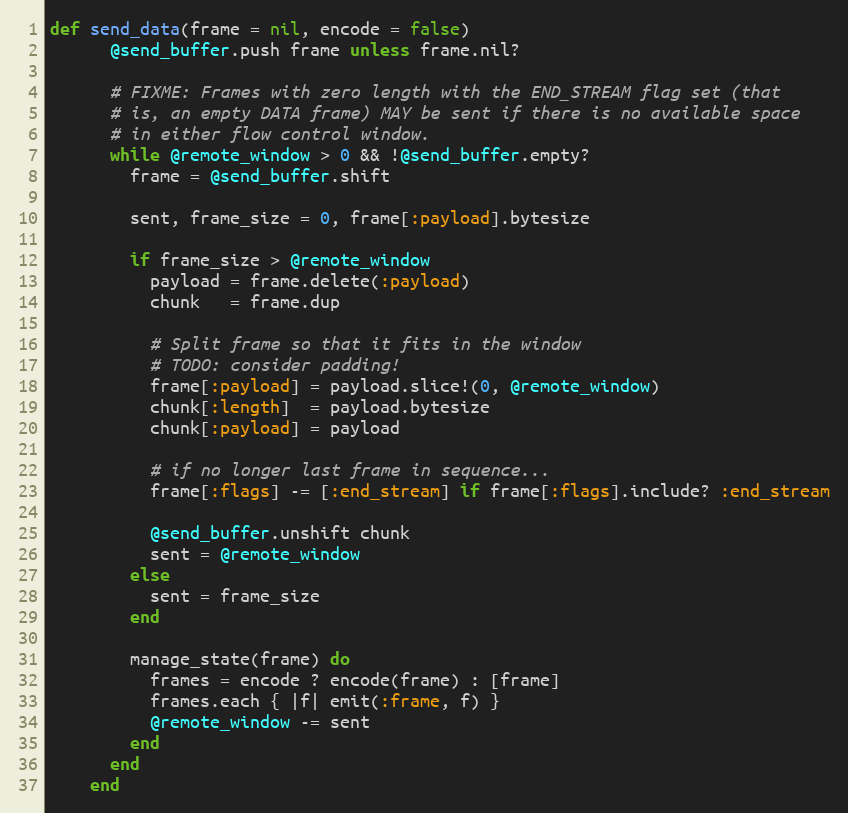
Language: Ruby
def send_data(frame = nil, encode = false)
      @send_buffer.push frame unless frame.nil?

      # FIXME: Frames with zero length with the END_STREAM flag set (that
      # is, an empty DATA frame) MAY be sent if there is no available space
      # in either flow control window.
      while @remote_window > 0 && !@send_buffer.empty?
        frame = @send_buffer.shift

        sent, frame_size = 0, frame[:payload].bytesize

        if frame_size > @remote_window
          payload = frame.delete(:payload)
          chunk   = frame.dup

          # Split frame so that it fits in the window
          # TODO: consider padding!
          frame[:payload] = payload.slice!(0, @remote_window)
          chunk[:length]  = payload.bytesize
          chunk[:payload] = payload

          # if no longer last frame in sequence...
          frame[:flags] -= [:end_stream] if frame[:flags].include? :end_stream

          @send_buffer.unshift chunk
          sent = @remote_window
        else
          sent = frame_size
        end

        manage_state(frame) do
          frames = encode ? encode(frame) : [frame]
          frames.each { |f| emit(:frame, f) }
          @remote_window -= sent
        end
      end
    end